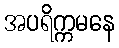
အပရိက္ကမနေ